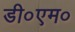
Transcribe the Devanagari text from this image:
डी०एम०